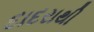
દાદરાથી